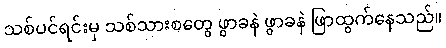
သစ်ပင်ရင်းမှ သစ်သားစတွေ ဖွာခနဲ ဖွာခနဲ ဖြာထွက်နေသည်။